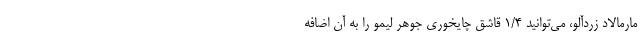
مارمالاد زردآلو، می‌توانید ۱/۴ قاشق چایخوری جوهر لیمو را به آن اضافه